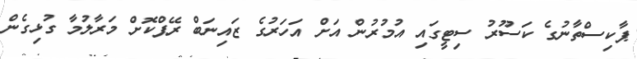
ޕާކިސްތާނުގެ ކަސޫރު ސިޓީގައި އުމުރުން އަށް އަހަރުގެ ޒައިނަބް ރޭޕްކޮށް މަރާލުމާ ގުޅިގެން